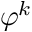
\varphi ^ { k }